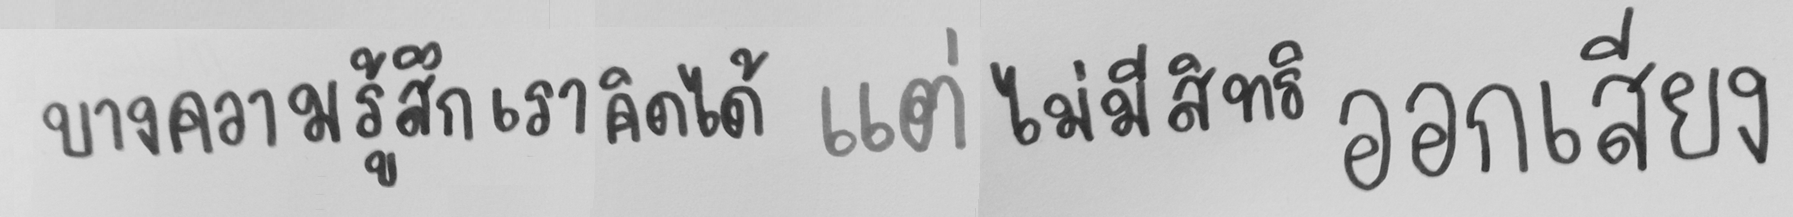
บางความรู้สึก เราคิดได้ แต่ไม่มีสิทธิออกเสียง